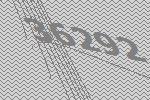
36292